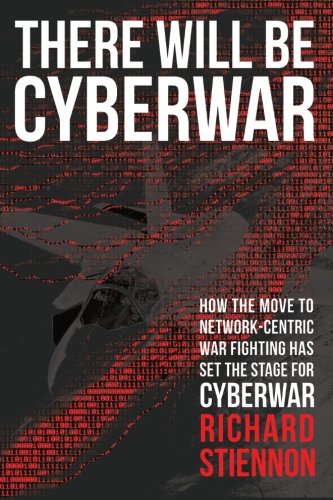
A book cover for There Will Be Cyberwar: How The Move To Network-Centric War Fighting Has Set The Stage For Cyberwar; Richard Stiennon; History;